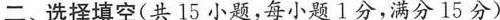
二、选择填空(共 15 小题,每小题1分,满分15分 )